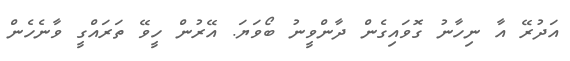
އަދުރޭ އާ ނިހާނު ގޮވައިގެން ދާންވީނު ބޯވަޔަ. އޭރުން ހީވޭ ތަރައްގީ ވާނެހެން